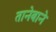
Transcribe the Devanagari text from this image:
तानेबाने